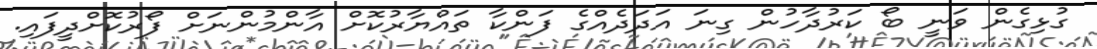
ގުޅިގެން ވަނީ ބޯ ކަރުދާހުން ގިނަ އަދަދެއްގެ ފަންކާ ތައްޔާރުކޮށް އާންމުންނަށް ފޯރުކޮށްދީފައި.